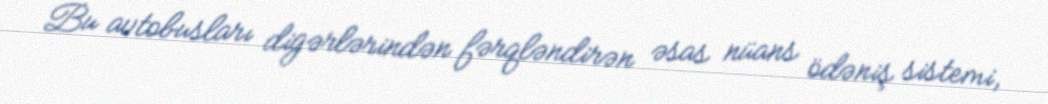
Bu avtobusları digərlərindən fərqləndirən əsas nüans ödəniş sistemi,